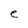
Character: e